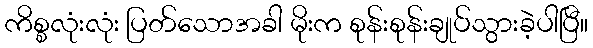
ကိစ္စလုံးလုံး ပြတ်သောအခါ မိုးက စုန်းစုန်းချုပ်သွားခဲ့ပါပြီ။